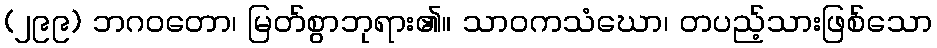
(၂၉၉) ဘဂဝတော၊ မြတ်စွာဘုရား၏။ သာဝကသံဃော၊ တပည့်သားဖြစ်သော